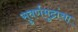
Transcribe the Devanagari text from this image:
सुवर्णमुद्रांचा